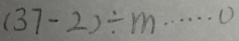
( 3 7 - 2 ) \div m \cdots 0